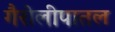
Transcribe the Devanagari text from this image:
गैरोलीपातल